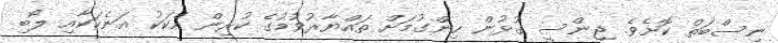
ނިސްބަތް ކޮށެވެ. ޖިންސީ ގުޅުން ހިންގުމަށް ތައްޔާރުވުމުގެ ކުރިން އެކަކު އަނެކަކާއި ލޯބި